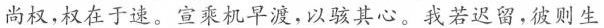
尚权，权在于速。宣乘机早渡，以骇其心。我若迟留,彼则生